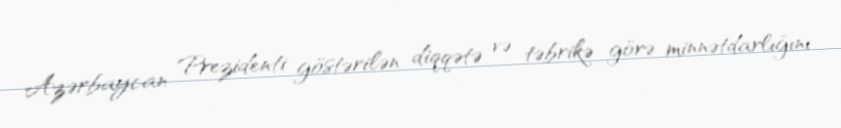
Azərbaycan Prezidenti göstərilən diqqətə və təbrikə görə minnətdarlığını